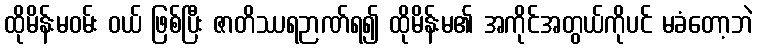
ထိုမိန်းမဝမ်း ဝယ် ဖြစ်ပြီး ဇာတိဿရဉာဏ်ရ၍ ထိုမိန်းမ၏ အကိုင်အတွယ်ကိုပင် မခံတော့ဘဲ